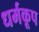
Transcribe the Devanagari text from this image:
धर्मकूप